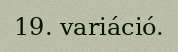
19. variáció.